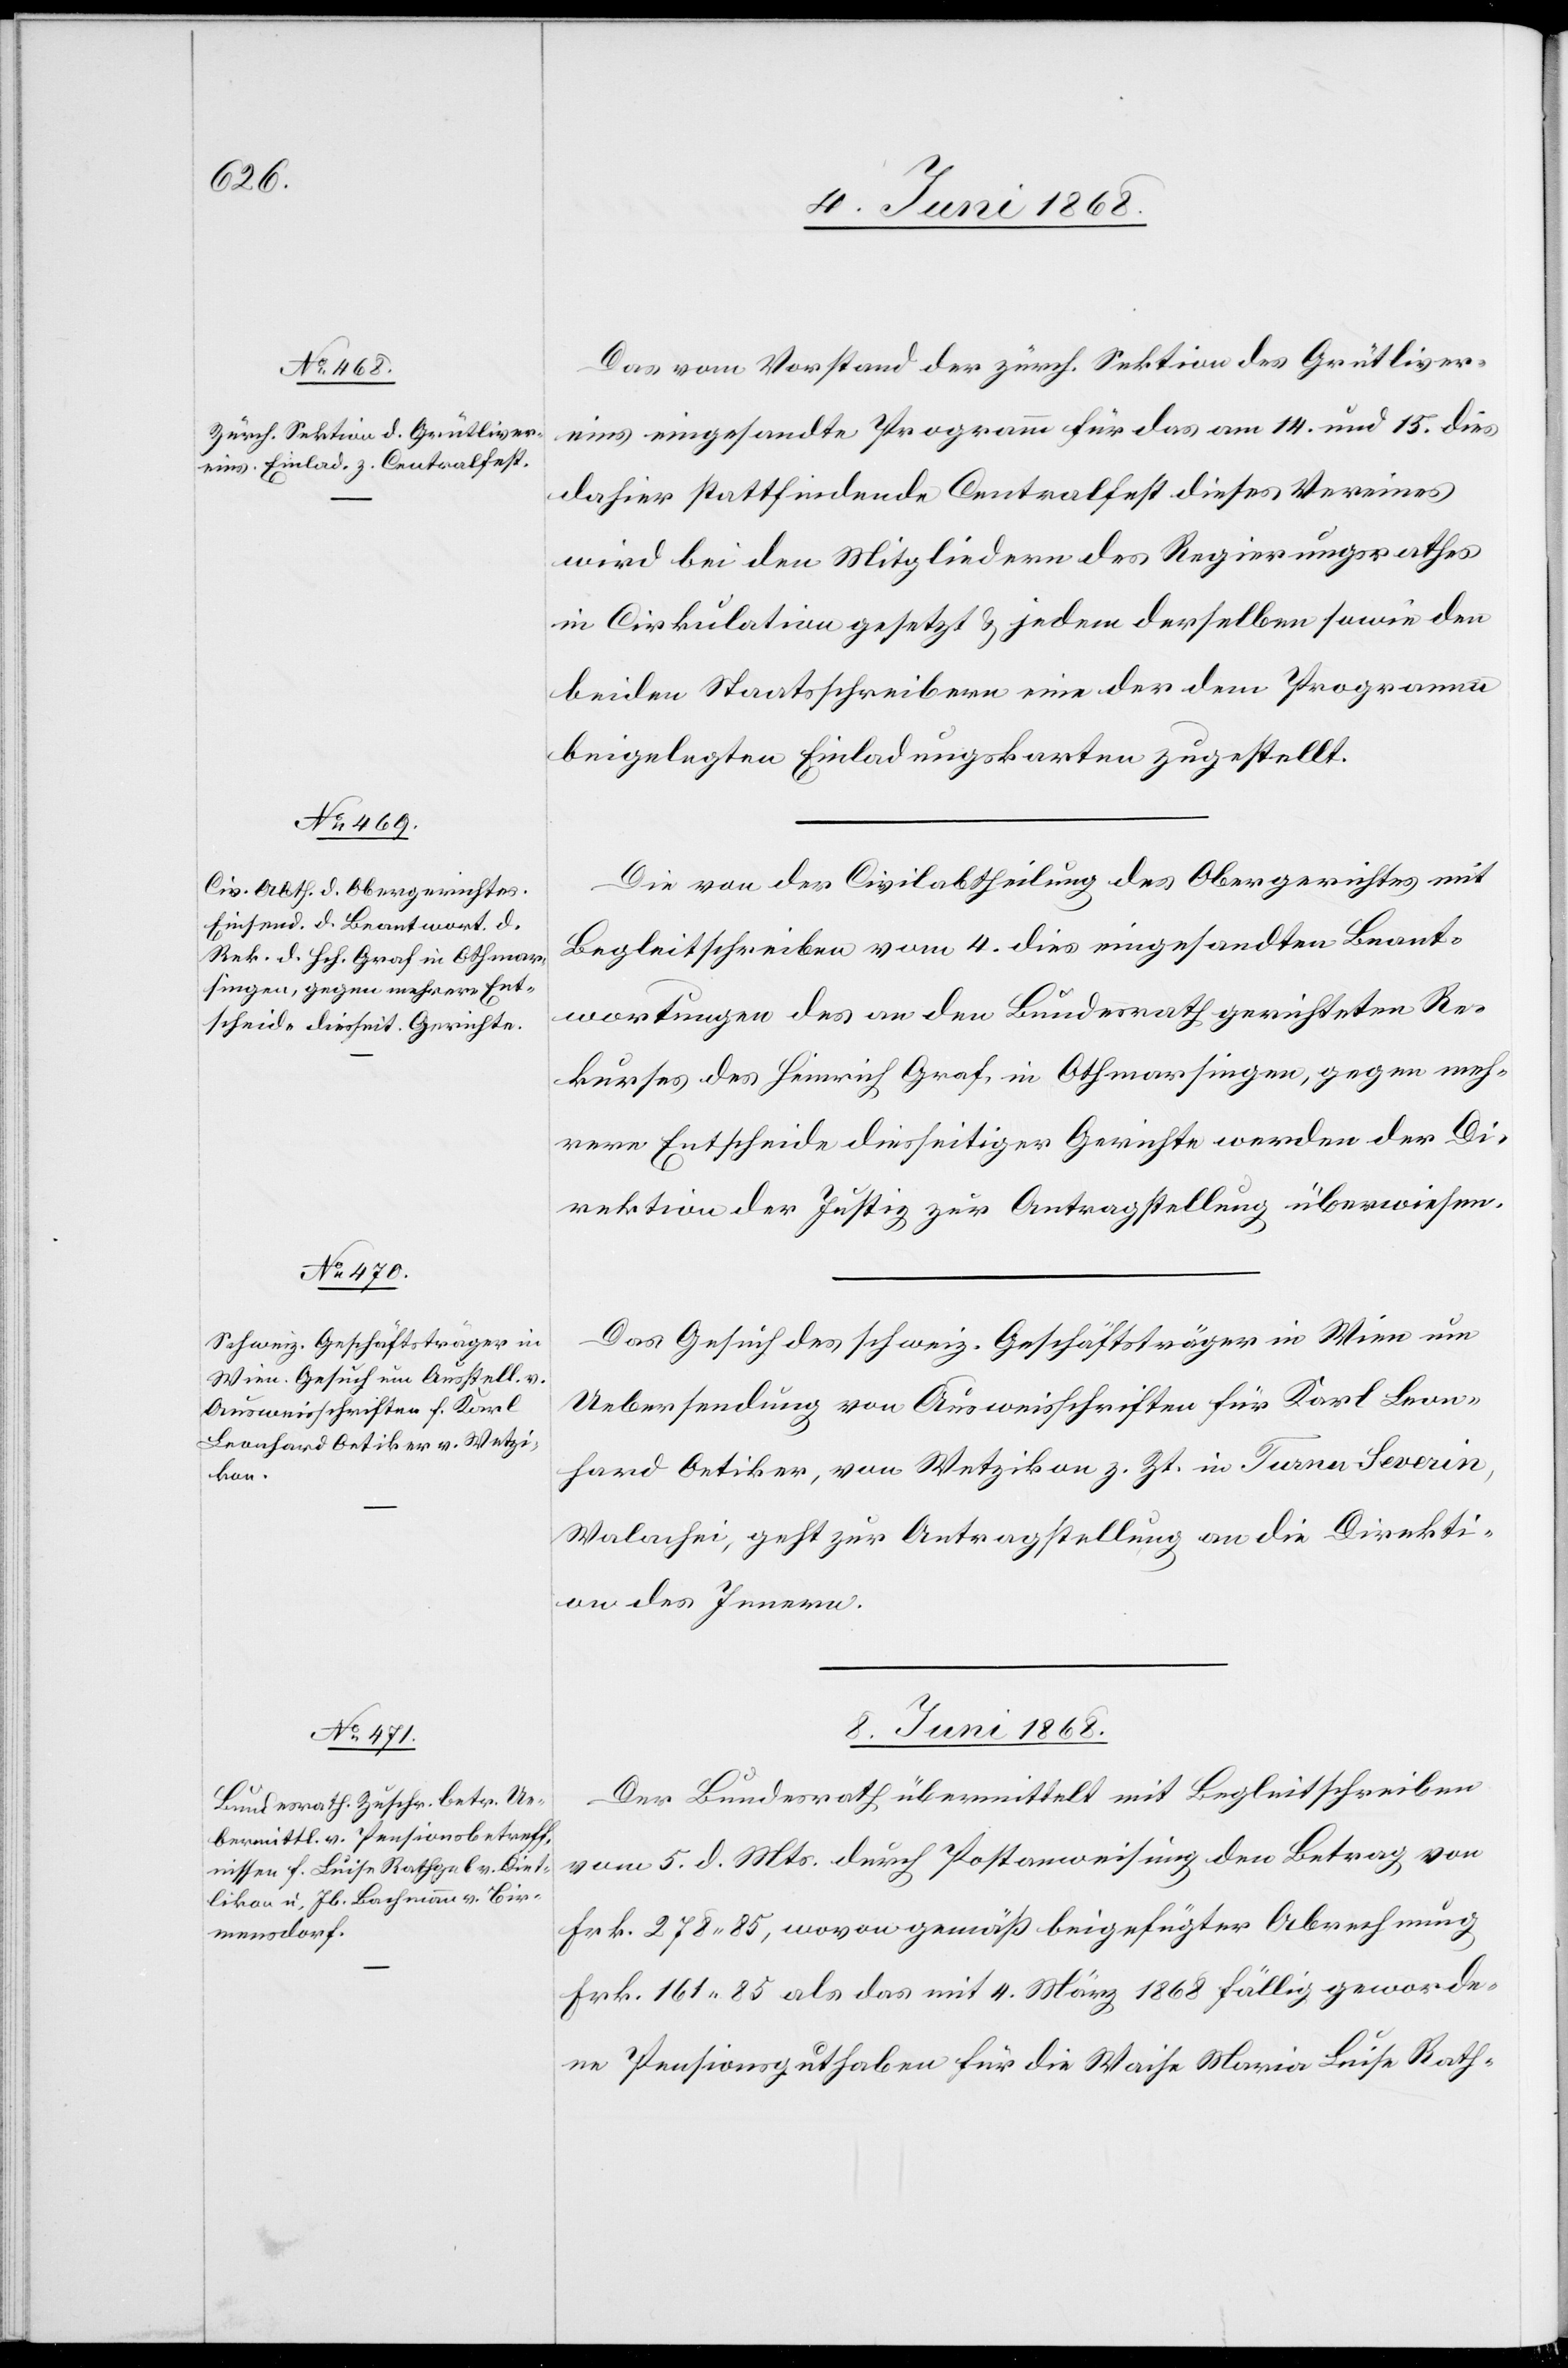
6. Juni 1868.]
Das vom Vorstand der zürch. Sektion des Grütliver¬
eins eingesandte Programm für das am 14. und 15. dies
dahier stattfindende Centralfest dieses Vereines
wird bei den Mitgliedern des Regierungsrathes
in Cirkulation gesetzt & jedem derselben sowie den
beiden Staatsschreibern eine der dem Programm
beigelegten Einladungskarten zugestellt.
Die von der Civilabtheilung des Obergerichtes mit
Begleitschreiben vom 4. dies eingesandten Beant¬
wortungen des an den Bundesrath gerichteten Re¬
kurses des Heinrich Graf, in Othmarsingen, gegen meh¬
rere Entscheide diesseitiger Gerichte werden der Di¬
rektion der Justiz zur Antragstellung überwiesen.
Das Gesuch des schweiz. Geschäftsträger in Wien um
Uebersendung von Ausweisschriften für Karl Leon¬
hard Oetiker, von Wetzikon z. Zt. in Turnu-Severin,
Walachei, geht zur Antragstellung an die Direkti¬
on des Innern.
8. Juni 1868.
Der Bundesrath übermittelt mit Begleitschreiben
vom 5. d. Mts. durch Postanweisung den Betrag von
Frk. 278. 85, wovon gemäß beigefügter Abrechnung
Frk. 161 85 als das mit 4. März 1868 fällig geworde¬
ne Pensionsguthaben für die Waise Maria Luise Rath-